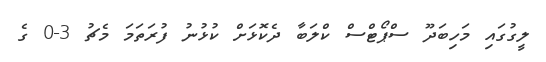
ލީގުގައި މަހިބަދޫ ސްޕޯޓްސް ކްލަބާ ދެކޮޅަށް ކުޅުނު ފުރަތަމަ މެޗު 3-0 ގެ